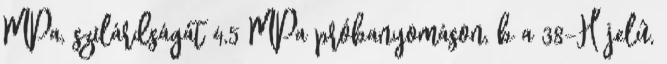
MPa, szilárdságát 4,5 MPa próbanyomáson, b a 38-H jelû,